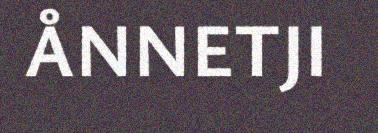
ÅNNETJI